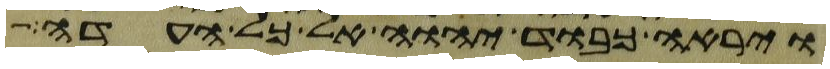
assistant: וירא כבוד יהוה אל כל העדה